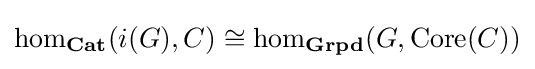
\hom _{\mathbf {Cat} }(i(G),C)\cong \hom _{\mathbf {Grpd} }(G,\mathrm {Core} (C))